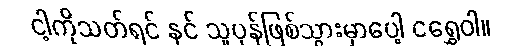
ငါ့ကိုသတ်ရင် နင် သူပုန်ဖြစ်သွားမှာပေါ့ ငရွှေဝါ။